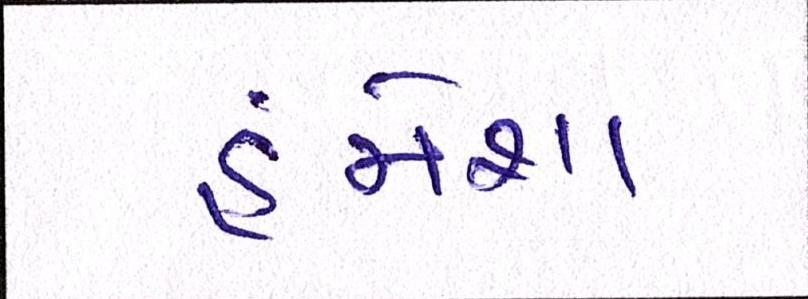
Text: હંમેશા